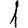
Digit: 1